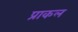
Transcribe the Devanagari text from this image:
प्राकल